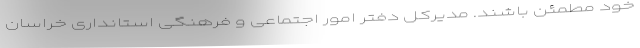
خود مطمئن باشند. مدیرکل دفتر امور اجتماعی و فرهنگی استانداری خراسان